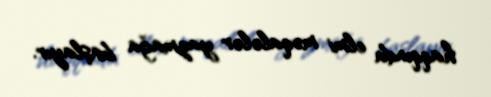
haqqında elmi məqalələr yazmağa başlayır.